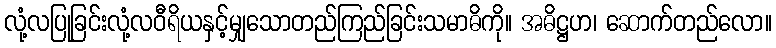
လုံ့လပြုခြင်းလုံ့လဝီရိယနှင့်မျှသောတည်ကြည်ခြင်းသမာဓိကို။ အဓိဋ္ဌဟ၊ ဆောက်တည်လော။